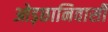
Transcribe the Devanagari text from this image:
ओड़छानिवासी